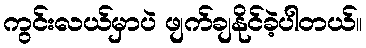
ကွင်းလယ်မှာပဲ ဖျက်ချနိုင်ခဲ့ပါတယ်။